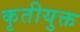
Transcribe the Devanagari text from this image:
कृतीयुक्त